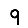
Digit: 9